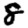
Digit: 8